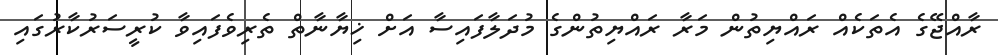
ރާއްޖޭގެ އެތަކެއް ރައްޔިތުން މަރާ ރައްޔިތުންގެ މުދަލާފައިސާ އަށް ޚިޔާނާތް ތެރިވެފައިވާ ކުރީސަރުކާރުގައި